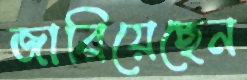
জারিয়েছেন